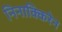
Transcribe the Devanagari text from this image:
निनाक्किरेन